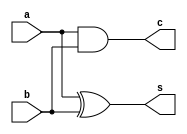
//VHDL_overview, Example: 13, page 36.

module half_adder(
    input wire a,
    input wire b,
    output wire s,
    output wire c);

assign s = a ^ b;
assign c = a & b;

endmodule


`timescale 1ns/10ps

module half_adder_tb();

reg a, b;
wire s, c;

half_adder UUT (.a(a), .b(b), .c(c), .s(s));

initial 
begin
    $timeformat(-9,2, "ns");
    $monitor ("[%0t] a=%0b b=%0b s=%0b c=%0b", $time, a, b, s, c);
    
    a = 0;
    b = 0;
    #10;

    a = 0;
    b = 1;

    #10;

    a = 1;
    b = 0;

    #10;

    a = 1;
    b = 1;

    #10;

end
endmodule